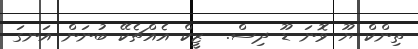
ތިންކް ޔޫ ވޮނަ ޑޫ ދިސް.  ޒީކް އެއްޗެކޭ ބުނަން އަނގަ